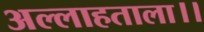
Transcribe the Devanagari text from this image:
अल्लाहताला।।